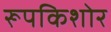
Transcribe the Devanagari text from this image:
रूपकिशोर